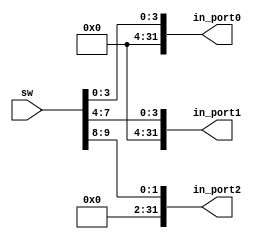
module in_port_adapter(sw, in_port0, in_port1, in_port2);

	input [9:0] sw;
	output [31:0] in_port0, in_port1, in_port2;

	assign in_port0 = {28'b0, sw[3:0]};
	assign in_port1 = {28'b0, sw[7:4]};
	assign in_port2 = {30'b0, sw[9:8]};

endmodule